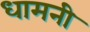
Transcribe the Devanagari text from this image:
धामनी